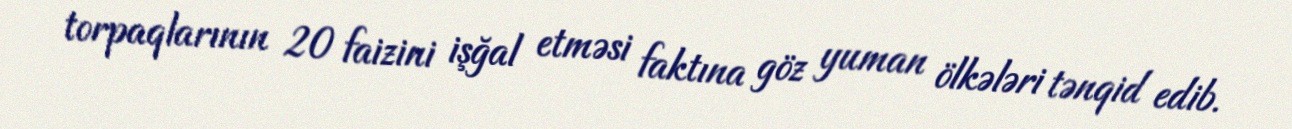
torpaqlarının 20 faizini işğal etməsi faktına göz yuman ölkələri tənqid edib.